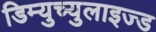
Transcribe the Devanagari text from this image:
डिम्युच्युलाइज्ड